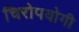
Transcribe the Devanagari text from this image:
चिरोपयोगी